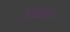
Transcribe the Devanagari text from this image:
विश्रांतीच